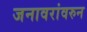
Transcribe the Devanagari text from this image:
जनावरांवरुन